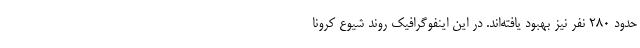
حدود ۲۸۰ نفر نیز بهبود یافته‌اند. در این اینفوگرافیک روند شیوع کرونا